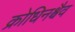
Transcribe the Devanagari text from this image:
क्रोधिनश्चैव